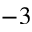
- 3